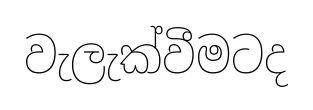
වැලැක්වීමටද